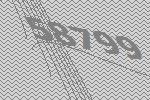
58799